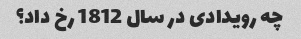
چه رویدادی در سال 1812 رخ داد؟